Reports on dispensaries and lunatic asylums in the Province of Oudh - 1869-1876
Year: 1869
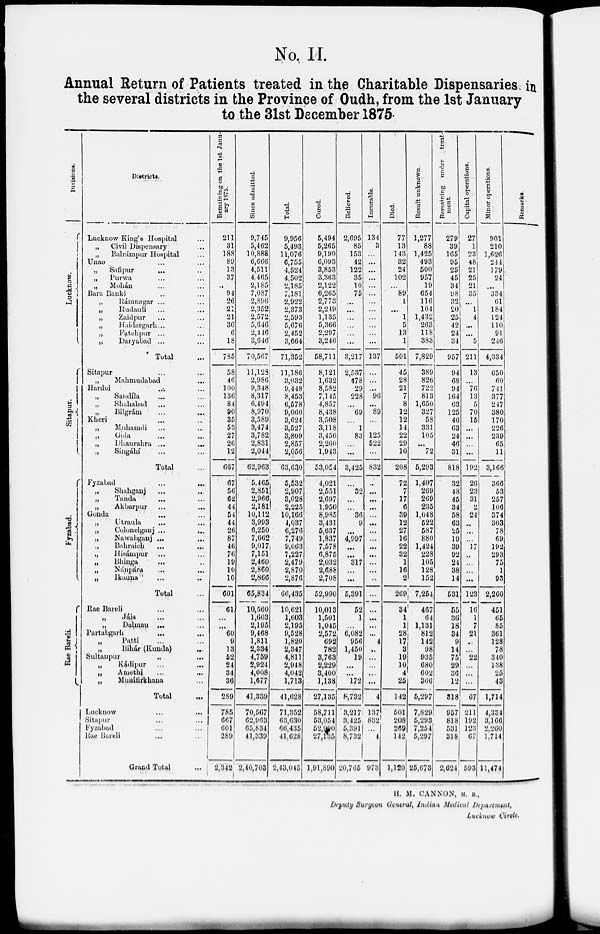
No. II.
Annual Return of Patients treated in the Charitable Dispensaries in
the several districts in the Province of Oudh, from the 1st January
to the 31st December 1875.
Divisions.
Lucknow.
Sitapur.
Fyzabad.
Rae Bareli.
Districts.
Lucknow King's Hospital ...
„
Civil Dispensary ...
„
Balrámpur Hospital ...
Unao ... ...
.,
Sanfipur ... ...
„
Purwa ... ...
„
Mohán
...
...
Bara Banki ... ...
„
Rámnagar ... ...
„ Rudauli ... ...
„
Zaidpur ... ...
„
Haidargarh ... ...
„
Fatehpur ... ...
„
Daryabad ... ...
Total ...
Sitapur ... ...
„
Mahmudabad ...
Hardoi ... ...
„
Sandila ... ...
„
Shahabad ... ...
„ Bilgrám ... ...
Kheri ... ...
„
Muhamdi ... ...
„ Gola ... ...
„
Dhaurahra ...
...
„ Singáhí ... ...
Total ...
Fyzabad
...
...
„
Shahganj ... ...
„
Tanda ... ...
„
Akbarpur ... ...
Gonda ... ...
„
Utraula ... ...
„
Colonelganj ...
...
„
Nawabganj ... ...
.,
Bahraich ... ...
„
Hisámpur ... ...
„
Bhinga ... ...
„ Nánpára ... ...
„
Ikauna ... ...
Total ...
Rae Bareli ... ...
„
Jáis ... ...
„
Dalmau ... ...
Partabgarh ... ...
Patti ... ...
Bihár(Kunda) ... ...
Sultanpur ... ...
„
Kádipur ... ...
„ Amethi ... ...
„
Musáfirkhana ... ...
Total ...
Lucknow ... ...
Sitapur ... ...
Fyzabad
...
...
Rae
Bureli
...
...
Grand Total
...
Remaining on the 1st Janu-
ary 1875.
211
31
188
89
13
37
..
94
26
21
21
30
6
18
785
58
46
100
136
84
90
35
53
27
26
12
667
67
56
62
44
54
44
26
87
46
76
19
10
10
601
61
...
...
60
9
13
52
24
34
36
289
785
667
601
289
2,342
Since admitted.
9,745
5,462
10,888
6,666
4,511
4,465
2,185
7,087
2,896
2,352
2,572
5,646
2,446
3,646
70,567
11,128
2,986
9,348
8,317
6,494
8,970
3,589
3,474
3,782
2,831
2,044
62,963
5,465
2,851
2,966
2,181
10,112
3,993
6,250
7,662
9,017
7,151
2,460
2,860
2,866
65,834
10,560
1,603
2,195
9,468
1,811
2,334
4,759
2,924
4,008
1,677
41,339
70,567
62,963
65,834
41,339
2,40,703
Total.
9,956
5,493
11,076
6,755
4,524
4,502
2,185
7,181
2,922
2,373
2,593
5,676
2,452
3,664
71,352
11,186
3,032
9,448
8,453
6,578
9,060
3,624
3,527
3,809
2,857
2,056
63,630
5,532
2,907
3,028
2,225
10,166
4,037
6,276
7,749
9,063
7,227
2,479
2,870
2,876
66,435
10,621
1,603
2,195
9,528
1,820
2,347
4,811
2,948
4,042
1,713
41,628
71,352
63,630
66,435
41,628
2,43,045
Cured.
5,494
5,265
9,190
6,093
3,853
3,363
2,122
6,265
2,773
2,249
1,135
5,366
2,297
3,246
58,711
8,121
1,632
8,582
7,145
4,857
8,438
3,508
3,118
3,450
2,260
1,943
53,054
4,021
2,551
2,697
1,950
8,985
3,431
5,637
1,837
7,578
6,875
2,032
2,688
2,708
52,990
10,013
1,501
1,045
2,572
692
782
3,763
2,229
3,400
1,138
27,135
58,711
53,054
52,990
27,135
1,91,890
Relieved.
2,695
85
153
42
122
35
10
75
...
...
...
...
...
...
3,217
2,537
478
29
228
...
69
...
1
83
...
...
3,425
...
32
...
...
36
9
...
4,997
...
...
317
...
...
5,391
52
1
...
6,082
956
1,450
19
...
...
172
8,732
3,217
3,425
5,391
8,732
20,765
Incurable.
134
3
...
...
...
...
...
...
...
...
...
...
...
...
137
...
...
...
96
...
89
...
...
125
522
...
832
...
...
...
...
...
...
...
...
...
...
...
...
...
...
...
...
...
...
4
...
...
...
...
...
4
137
832
...
4
973
Died.
77
13
143
32
24
102
...
89
1
...
1
5
13
1
501
45
28
21
7
8
12
12
14
22
29
10
208
72
7
17
6
39
12
27
16
22
32
1
16
2
269
34
1
1
28
17
3
19
10
4
25
142
501
208
269
142
1,120
Result unknown.
1,277
88
1,425
493
500
957
19
654
116
104
1,432
263
118
383
7,829
389
826
722
813
1,650
327
58
331
105
...
72
5,293
1,407
269
269
235
1,048
522
587
880
1,424
228
105
128
152
7,254
467
64
1,131
812
142
98
935
680
602
366
5,297
7,829
5,293
7,254
5,297
25,673
Remaining under
treat-
ment.
279
39
165
95
25
45
34
98
32
20
25
42
24
34
957
94
68
94
164
63
125
46
63
24
46
31
818
32
48
45
34
58
63
25
19
39
92
24
38
14
531
55
36
18
34
9
14
75
29
36
12
318
957
818
531
318
2,624
Capital operations.
27
1
23
48
21
25
21
35
...
1
4
...
...
5
211
13
...
76
13
5
70
15
...
...
...
...
192
26
23
31
2
24
...
...
...
17
...
...
...
...
123
16
1
7
21
...
...
22
...
...
...
67
211
192
123
67
593
Minor operations.
901
210
1,626
244
179
24
...
334
61
184
124
110
91
246
4,334
650
60
741
377
247
380
170
226
239
65
11
3,166
366
53
257
106
374
303
78
69
192
293
75
1
93
2,260
451
65
85
361
128
78
340
138
25
43
1,714
4,334
3,166
2,260
1,714
11,474
Remarks.
H. M. CANNON, M. B.,
Deputy Surgeon General, Indian Medical Department,
Lucknow Circle.